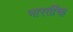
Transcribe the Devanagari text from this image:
भारतींचा